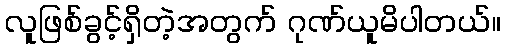
လူဖြစ်ခွင့်ရှိတဲ့အတွက် ဂုဏ်ယူမိပါတယ်။